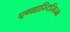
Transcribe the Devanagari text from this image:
एग्नास्टिसिज्म